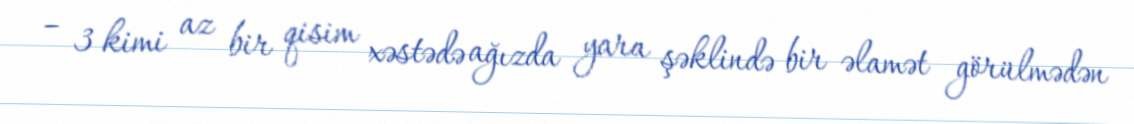
– 3 kimi az bir qisim xəstədə ağızda yara şəklində bir əlamət görülmədən